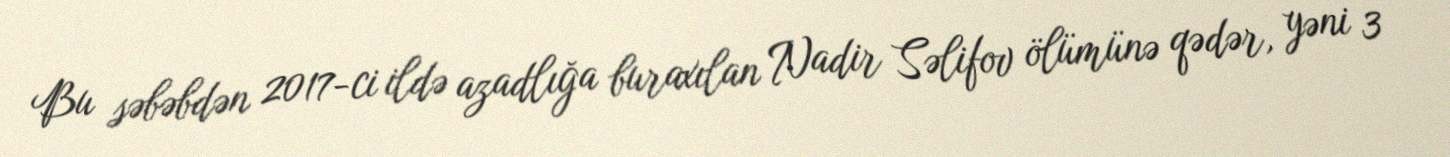
Bu səbəbdən 2017-ci ildə azadlığa buraxılan Nadir Səlifov ölümünə qədər, yəni 3